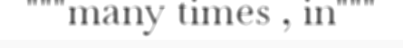
"""many times , in"""